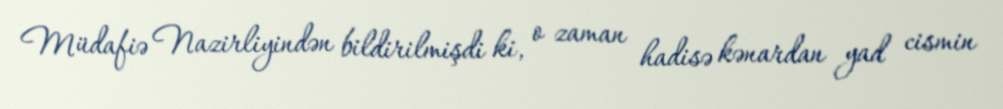
Müdafiə Nazirliyindən bildirilmişdi ki, o zaman hadisə kənardan yad cismin